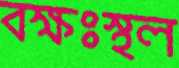
বক্ষঃস্থল